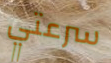
سرعتي